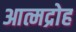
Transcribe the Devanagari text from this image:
आत्मद्रोह